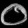
Digit: ၀